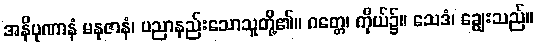
အနိပုဏာနံ မနုဇာနံ၊ ပညာနည်းသောသူတို့၏။ ဂတ္တေ၊ ကိုယ်၌။ သေဒံ၊ ချွေးသည်။